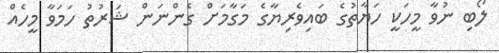
ލޯބި ނުވާ މީހަކީ ހަޔާތުގެ ބައިވެރިޔާގެ މަގާމަށް ގެންނަން ޝަރުތު ހަމަވާ މީހެއް